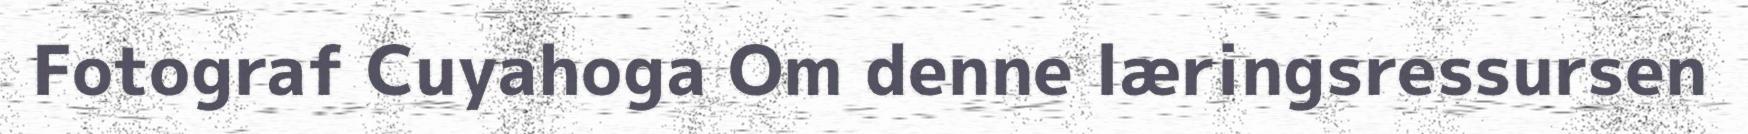
Fotograf Cuyahoga Om denne læringsressursen